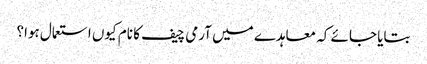
بتایا جائے کہ معاہدے میں آرمی چیف کا نام کیوں استعمال ہوا؟